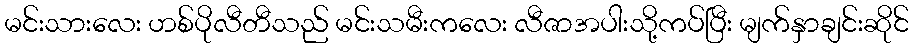
မင်းသားလေး ဟစ်ပိုလီတီသည် မင်းသမီးကလေး လီဇာအပါးသို့ကပ်ပြီး မျက်နှာချင်းဆိုင်